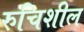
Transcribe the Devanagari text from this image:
रुचिशील